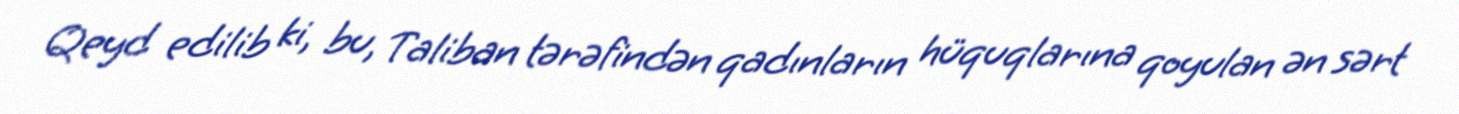
Qeyd edilib ki, bu, Taliban tərəfindən qadınların hüquqlarına qoyulan ən sərt